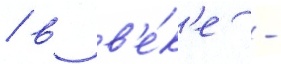
/ в в'е́к'е -